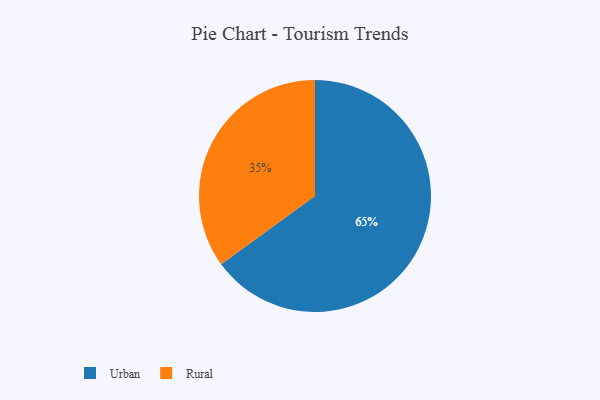
{"axis": {"x": "Category", "y": "Percentage"}, "legend": ["Rural", "Urban"], "data": [{"x": "Rural", "y": 35, "type": "Rural"}, {"x": "Urban", "y": 65, "type": "Urban"}]}